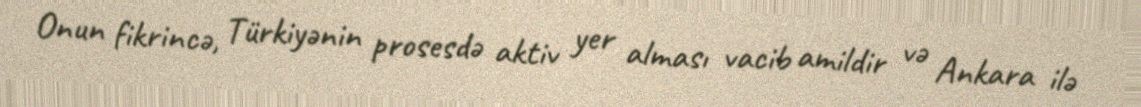
Onun fikrincə, Türkiyənin prosesdə aktiv yer alması vacib amildir və Ankara ilə